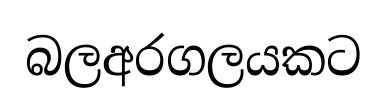
බලඅරගලයකට